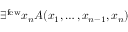
\exists ^ { \mathrm { f e w } } x _ { n } A ( x _ { 1 } , \ldots , x _ { n - 1 } , x _ { n } )